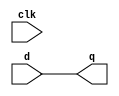
// Sequential Modules
module latch(
    input d,
    output reg q,
    input clk
    );
    
    always @(clk)
        q <= d;
endmodule


module flip_flop(
    input d,
    output reg q,
    input clk
    );
    
    always @(posedge clk)
        q <= d;
endmodule

// Testbenches for sequential logic

// Testbench for Latch
module latch_tb;
reg t_d, t_clk;
wire t_q;

latch tb_latch( .d(t_d), .q(t_q), .clk(t_clk) );


initial
begin
$monitor(t_clk, t_d, t_q);

t_d = 1'b0;
t_clk = 1'b0;

#3  t_d = 1'b1;
#3 t_d = 1'b1;
#3 t_d = 1'b0;
end


always
 #5  t_clk =  !t_clk;
   
endmodule


// Testbench for Flip_Flop
module flip_flop_tb;
reg t_d, t_clk;
wire t_q;

flip_flop tb_flip_flop( .d(t_d), .q(t_q), .clk(t_clk) );


initial
begin
$monitor(t_clk, t_d, t_q);

t_d = 1'b0;
t_clk = 1'b0;

#3  t_d = 1'b1;
#3 t_d = 1'b1;
#3 t_d = 1'b0;
end


always
 #5  t_clk =  !t_clk;
   
endmodule


// Testbench for both
module top_tb;
reg t_d, t_clk;
wire t_q_latch, t_q_flip_flop;

latch tb_latch( .d(t_d), .q(t_q_latch), .clk(t_clk) );
flip_flop tb_flip_flop( .d(t_d), .q(t_q_flip_flop), .clk(t_clk) );



initial
begin
$monitor(t_clk, t_d, t_q_latch, t_q_flip_flop);

t_d = 1'b0;
t_clk = 1'b0;

#3  t_d = 1'b1;
#3 t_d = 1'b1;
#3 t_d = 1'b0;
end


always
 #5  t_clk =  !t_clk;
   
endmodule